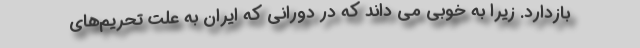
بازدارد. زیرا به خوبی می داند که در دورانی که ایران به علت تحریم‌های